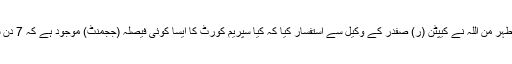
عدالتی کاروائی شروع ہوئی تو جسٹس اطہر من اللہ نے کیپٹن (ر) صفدر کے وکیل سے استفسار کیا کہ کیا سپریم کورٹ کا ایسا کوئی فیصلہ (ججمنٹ) موجود ہے کہ 7 دن سے پہلے فرد جرم عائد نہیں ہو سکتی؟